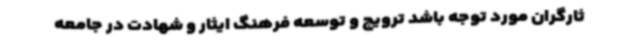
ثارگران مورد توجه باشد ترویج و توسعه فرهنگ ایثار و شهادت در جامعه